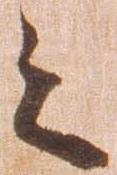
之